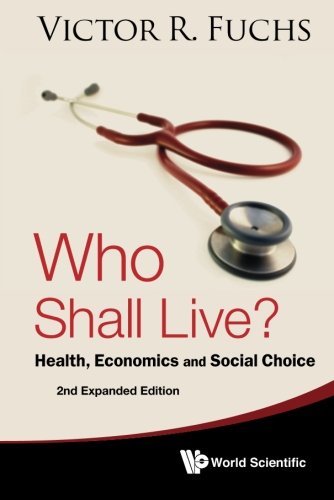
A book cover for Who Shall Live? Health, Economics And Social Choice (2Nd Expanded Edition); Victor R Fuchs; Business & Money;